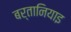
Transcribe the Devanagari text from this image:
बर्तानियाइ